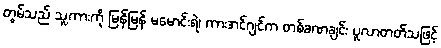
တွမ်သည် သူ့ကားကို မြန်မြန် မမောင်းရဲ၊ ကားအင်ဂျင်က တစ်ခဏချင်း ပူလာတတ်သဖြင့်